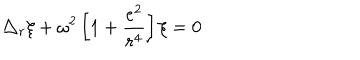
\triangle _ { r } \xi + \omega ^ { 2 } \left[ 1 + \frac { e ^ { 2 } } { r ^ { 4 } } \right] \xi = 0